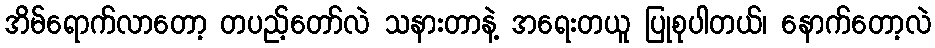
အိမ်ရောက်လာတော့ တပည့်တော်လဲ သနားတာနဲ့ အရေးတယူ ပြုစုပါတယ်၊ နောက်တော့လဲ